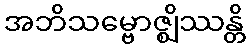
အဘိသမ္ဗောဇ္ဈိဿန္တိ